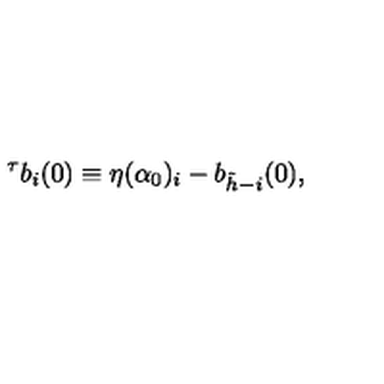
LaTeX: ^ { \tau } b _ { i } ( 0 ) \equiv \eta ( \alpha _ { 0 } ) _ { i } - b _ { \tilde { h } - i } ( 0 ) ,